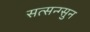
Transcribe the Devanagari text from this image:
सत्सन्ग्सुन